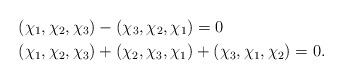
LaTeX: \begin{align*} &(\chi_1,\chi_2,\chi_3)- (\chi_3,\chi_2, \chi_1) =0 \\ &(\chi_1,\chi_2,\chi_3)+(\chi_2,\chi_3,\chi_1)+(\chi_3,\chi_1,\chi_2)=0.\end{align*}